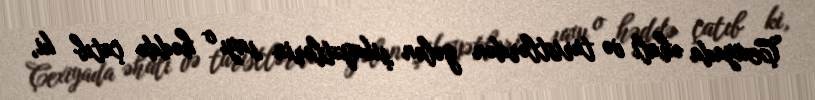
Çexiyada əhali və turistlərdən gələn şikayətlərin sayı o həddə çatıb ki,